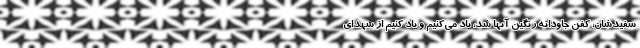
سفیدشان، کفن جاودانه رنگین آنها شد، یاد می‌کنیم و یاد کنیم از شهدای